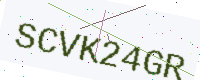
Text: SCVK24GR